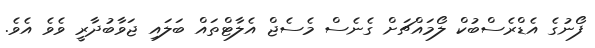
ފޯނުގެ އެޑްރެސްބުކް ލޯމައްޗަށް ގެނެސް މެސެޖް އެލާޓްތައް ބަލައި ޖަވާބުދާރީ ވެވެ އެވެ.